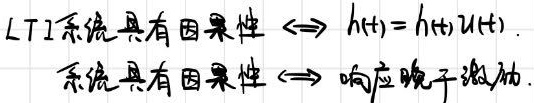
LTI系统具有因果性 \(\Leftrightarrow h(t)=h(t)u(t)\).
系统具有因果性 \(\Leftrightarrow\) 响应晚于激励.